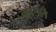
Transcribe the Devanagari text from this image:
क्राउले